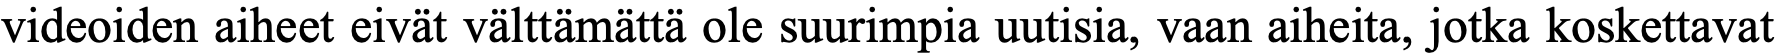
videoiden aiheet eivät välttämättä ole suurimpia uutisia, vaan aiheita, jotka koskettavat